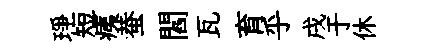
琤短痍蛬閻瓦育乎戌于休